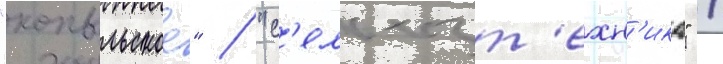
"копыльское" / "с'ельхозт'ехн'ика" /